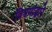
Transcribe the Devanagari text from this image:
विषयांद्वारे